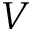
V